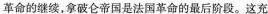
革命的继续，拿破仑帝国是法国革命的最后阶段。这充